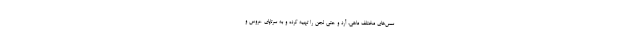
سس‌های مختلف ماهی، آرد و حتی لجن را تهیه کرده و به سرتاپای عروس و